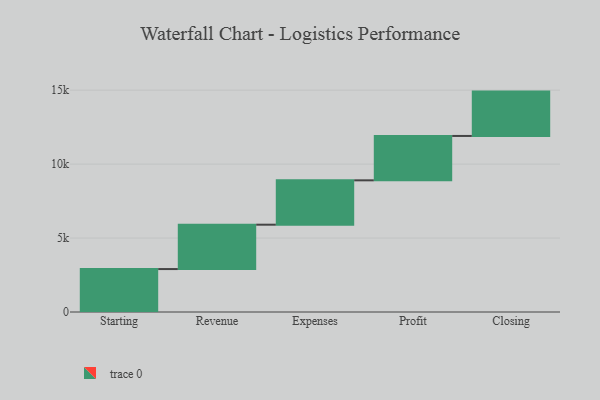
{"axis": {"x": "Step", "y": "Value"}, "legend": [""], "data": [{"x": "Starting", "y": 2904.0, "type": ""}, {"x": "Revenue", "y": 3000, "type": ""}, {"x": "Expenses", "y": 3000, "type": ""}, {"x": "Profit", "y": 3000, "type": ""}, {"x": "Closing", "y": 3000, "type": ""}]}